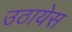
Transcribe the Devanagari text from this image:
उठायेस